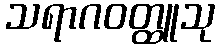
သရာဂဝတ္ထူသု